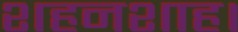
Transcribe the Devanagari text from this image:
शहनशाह।